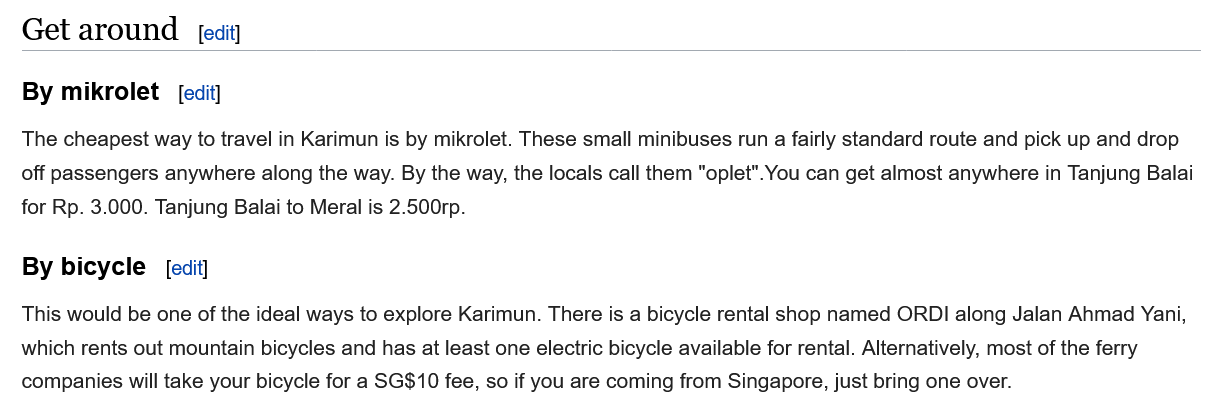
Get  around
   By mikrolet
   By bicycle
     edit
   The cheapest way to travel in Karimun is by mikrolet. These small minibuses run a fairly standard route and pick up and drop
   off passengers anywhere along the way. By the way, the locals call them "oplet".You can get almost anywhere in Tanjung Balai
   for Rp. 3.000. Tanjung Balai to Meral is 2.500rp.
   This would be one of the ideal ways to explore Karimun. There is a bicycle rental shop named ORDI along Jalan Ahmad Yani,
   which rents out mountain bicycles and has at least one electric bicycle available for rental. Alternatively, most of the ferry
   companies will take your bicycle for a SG$10 fee, so if you are coming from Singapore, just bring one over.